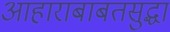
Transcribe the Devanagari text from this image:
आहाराबाबतसुद्धा